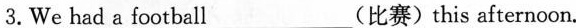
3.We had a football___(比赛)this afternoon.